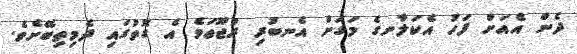
ދެން އެއަށް ފަހު އެކަލާނގެ މަގަށް އެނބުރި ރުޖޫޢަވެ އެ ގޮތުގައި ދެމިތިބޭށެވެ.